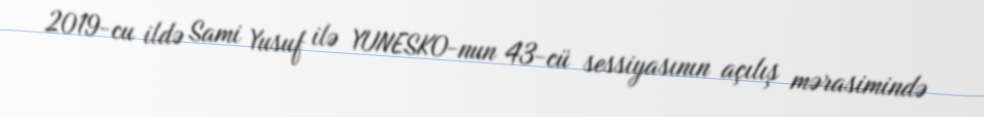
2019-cu ildə Sami Yusuf ilə YUNESKO-nun 43-cü sessiyasının açılış mərasimində